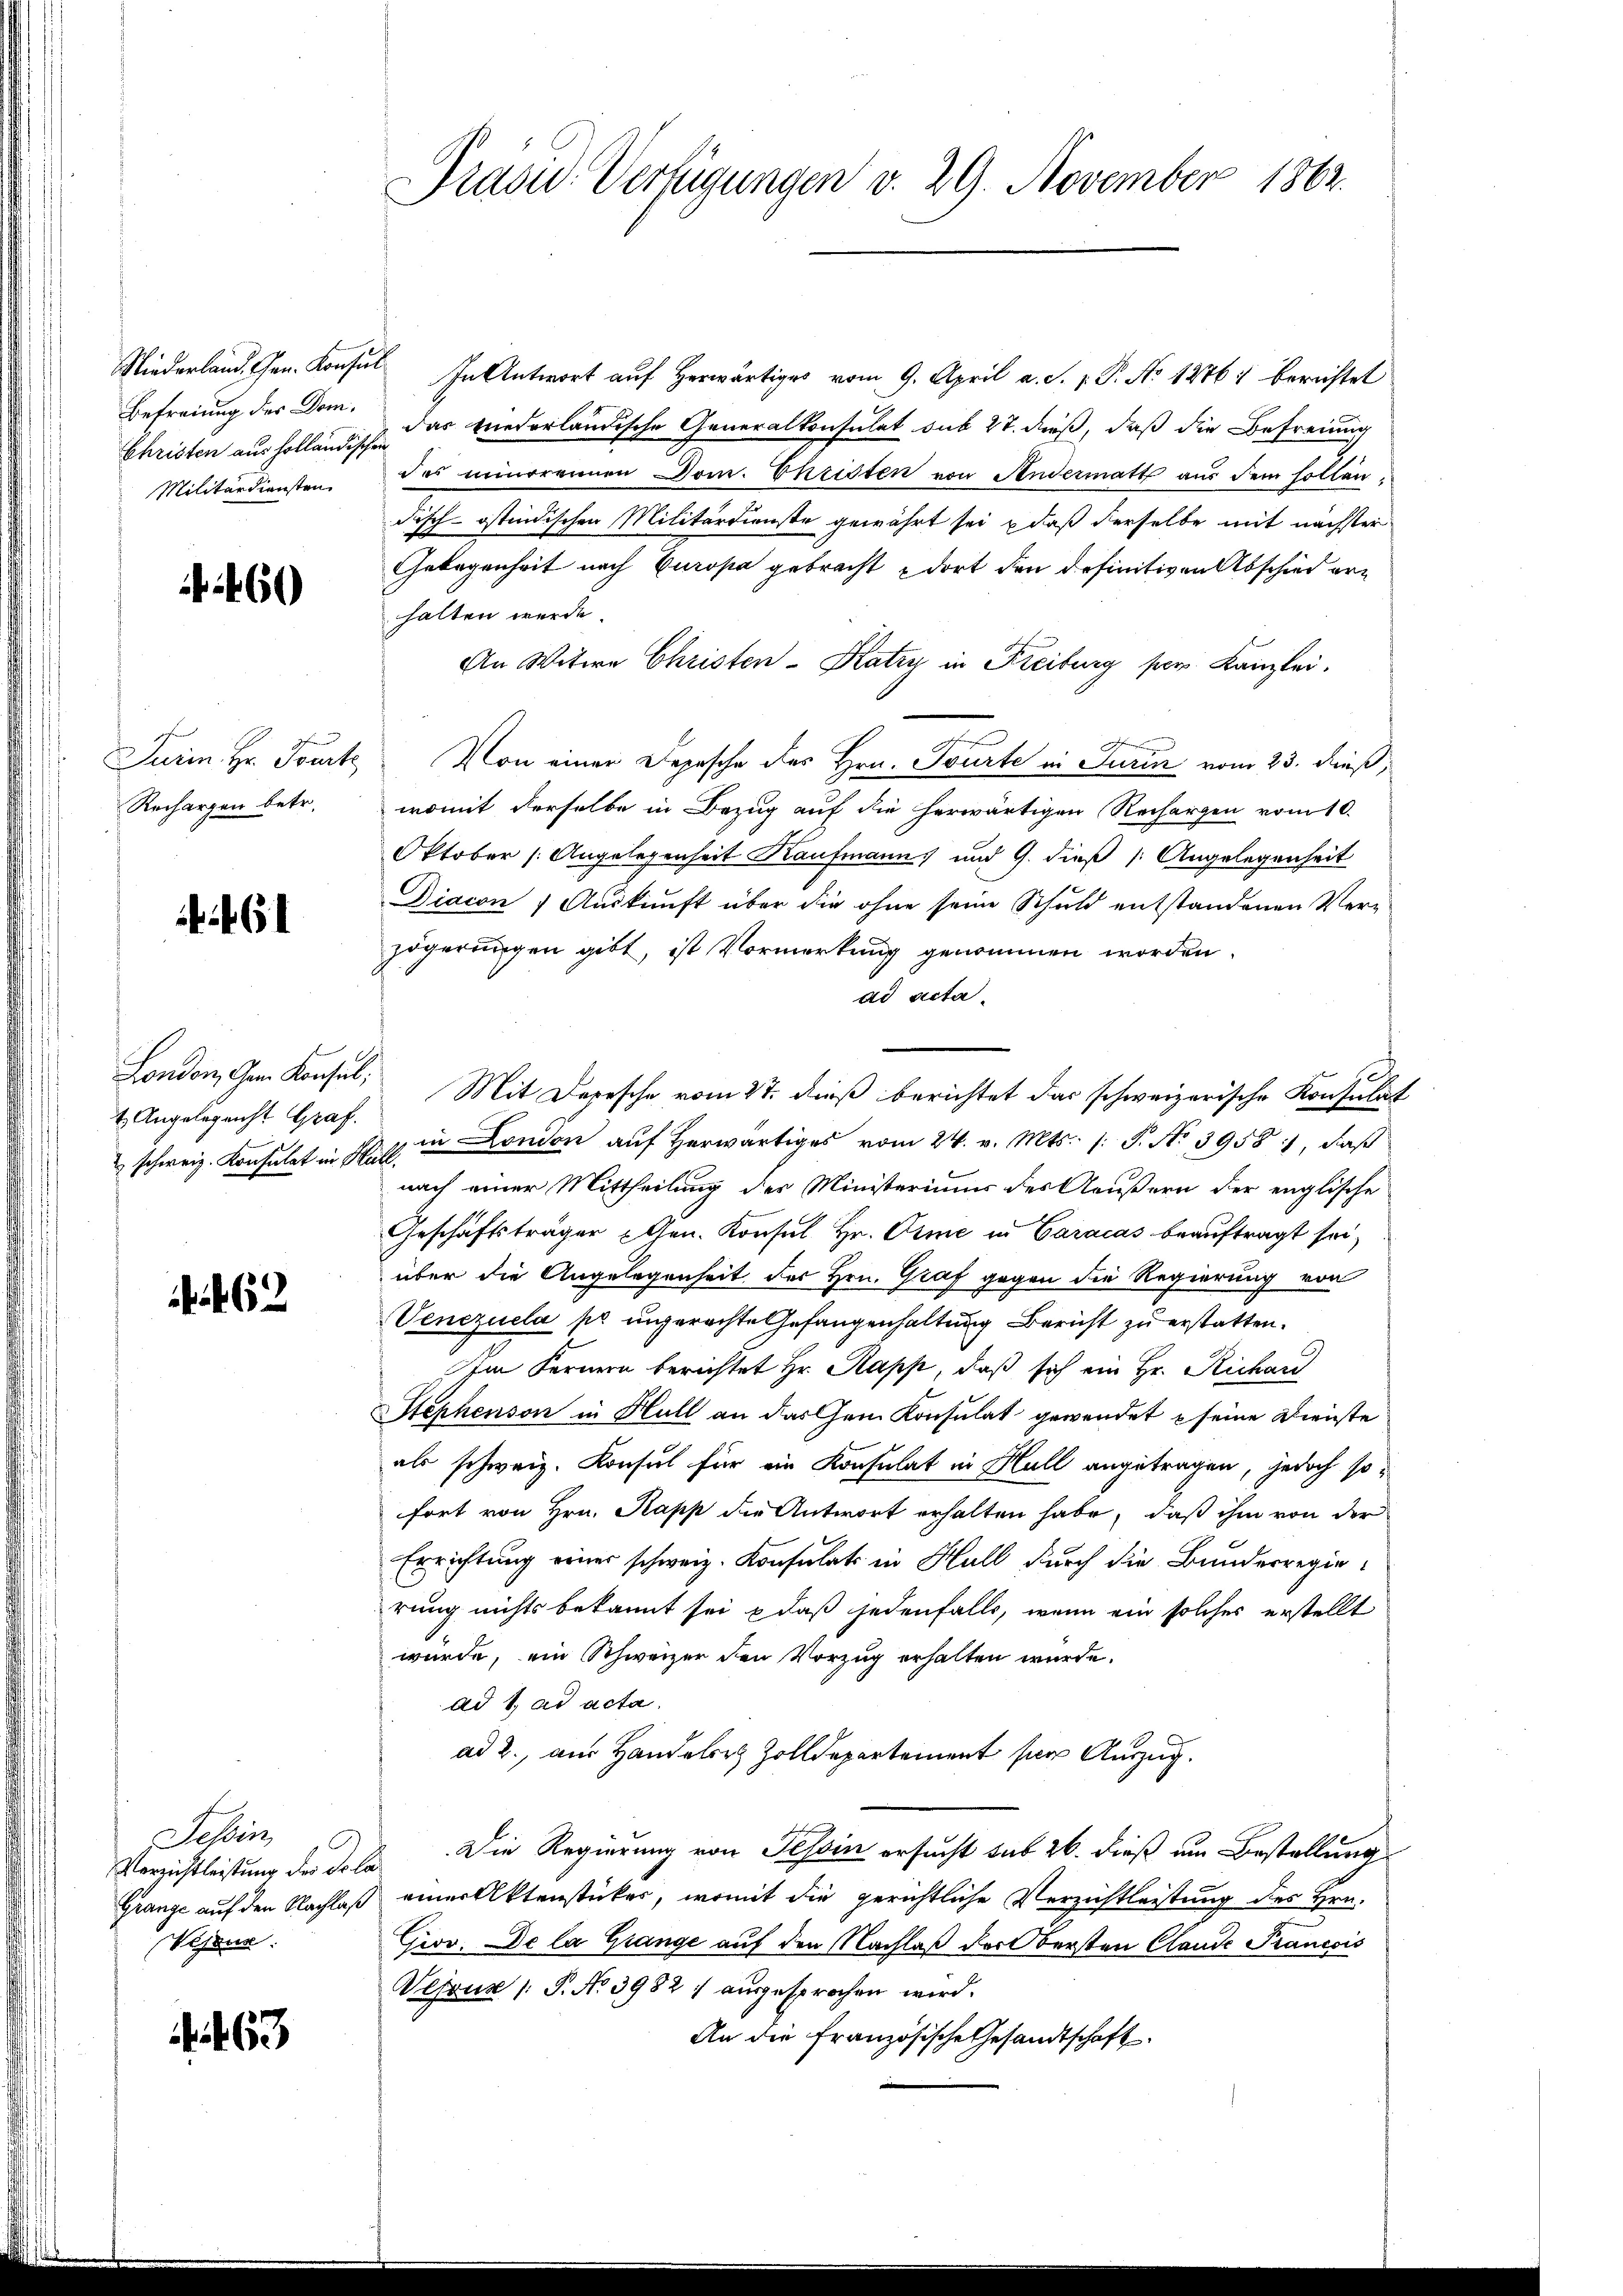
Niederland. Gen. Konsun
Befreiung des Dom¬
Christen aus holländischen
Militärdiensten

60

Jurin Hr. Tourte
Rechargen betr.

6

London, Gem. Konsul
t Angelegenht Graf.
2 schweiz. Konsulat in He

62

Sessen
Verzichtleistung der Dola
Granze auf den Nachlaß
Verur

63

Präsid. Verfügungen v. 29. November 1862.

In Antwort auf Herwärtiges vom 9. April a. S. z. B. No 1276) berichtet
das wiederländische Generalkonsulat sub 27. dieß, daß die Befreiung
des neuerennen Dom. Christen von Andermatt aus dem sollen.
disch-östindischen Militärdienste gewährt sei & daß derselbe mit nächster
Gelegenheit nach Europa gebracht dort den definitiven Abschied erhalten werde.
An Witwe Christen-Katzy in Freiburg per. Kanzlei.
Von einer Depesche des Hrn. Tourte in Turin vom 23. dieß,
womit derselbe in Bezug auf die herwärtigen Rechargen vom 10.
Oktober Angelegenheit Kaufmann und 9. dieß Angelegenheit
Diacon Auskunft über die ohne seine Schuld entstandenen Ver-
zögerungen gibt, ist Vormerkung genommen worden.
ad acta
Mit Depesche vom 27. dieß berichtet das schweizerische Konsulat
in London auf herwärtiges vom 24. v. Mts. s. S. No 3958, daß
.
nach einer Mittheilung der Ministeriums des Aeußern der englische
Geschäftsträger Gen. Konsul Hr. Orme in Caracas beauftragt sei,
über die Angelegenheit der Hrn. Graf gegen die Regierung von
Venezuela pr ungerechte Gefangenhaltung Bericht zu erstatten.
Im Fernern berichtet Hr. Rapp, daß sich ein Hr. Richar
Stephenson in Hull an das am Konsulat gewendet seine Dienste
als schweiz. Konsul für ein Konsulat in Hall angetragen, jedoch so
fort von Hrn. Papp die Antwort erhalten habe, daß ihm von der
Errichtung einer schweiz. Konsulats in Hall durch die Bunderregierung nichts bekannt sei & daß jedenfalls, wenn ein solches erstellt
würde, ein Schweizer den Vorzug erhalten wurde.
ad 1. ad acta.
ad 2., aus Handeler Zolldepartement per Auszug.
Die Regierung von Tessin ersucht sub 26. dieß um Bestellung
einer Aktenstückes, womit die gerichtliche Verzichtleistung des Hrn.
Giov. De la Grange auf den Nachlaß der Obersten Claude Prancois
Sejauz /: P. No 3982 1 ausgesprochen wird.
An die französische Gesandtschaft